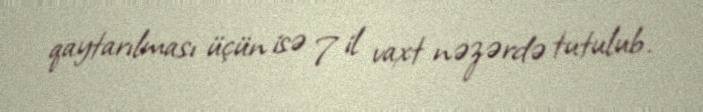
qaytarılması üçün isə 7 il vaxt nəzərdə tutulub.